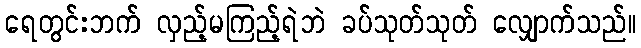
ရေတွင်းဘက် လှည့်မကြည့်ရဲဘဲ ခပ်သုတ်သုတ် လျှောက်သည်။